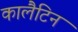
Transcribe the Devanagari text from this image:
कालैटिन